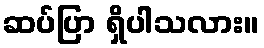
ဆပ်ပြာ ရှိပါသလား။